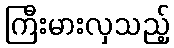
ကြီးမားလှသည့်